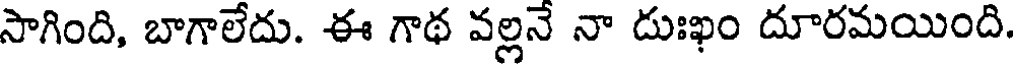
సాగింది, బాగాలేదు. ఈ గాథ వల్లనే నా దుఃఖం దూరమయింది.